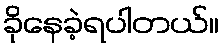
ခိုနေခဲ့ရပါတယ်။